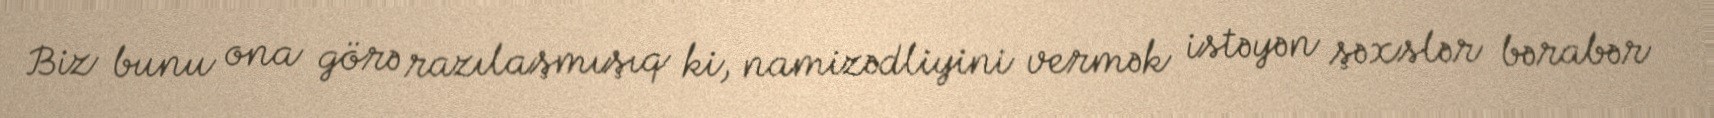
Biz bunu ona görə razılaşmışıq ki, namizədliyini vermək istəyən şəxslər bərabər